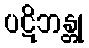
ပဋိဘန္တု